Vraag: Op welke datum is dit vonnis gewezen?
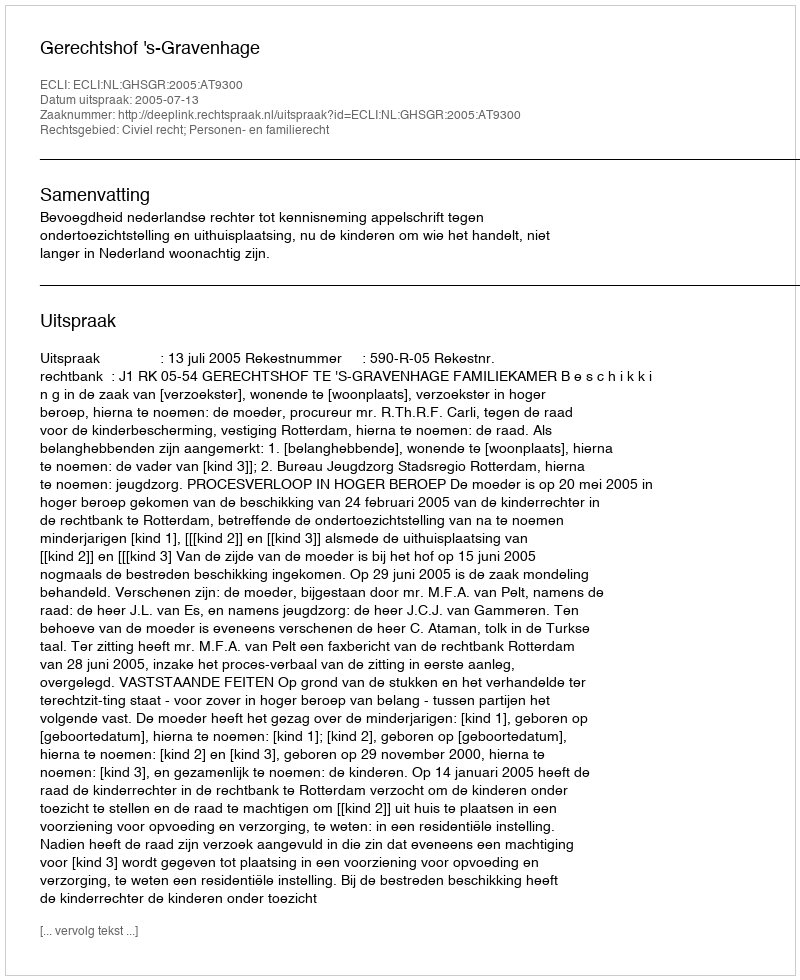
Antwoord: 2005-07-13